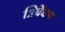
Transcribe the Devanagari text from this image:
त्रिवेंदम